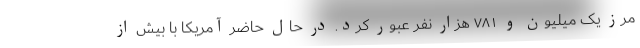
مرز یک میلیون و ۷۸۱ هزار نفر عبور کرد. در حال حاضر آمریکا با بیش از